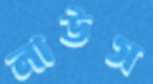
লাউস